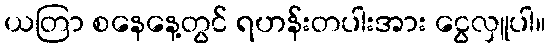
ယတြာ စနေနေ့တွင် ရဟန်းတပါးအား ငွေလှူပါ။